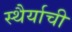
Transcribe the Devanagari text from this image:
स्थैर्याची